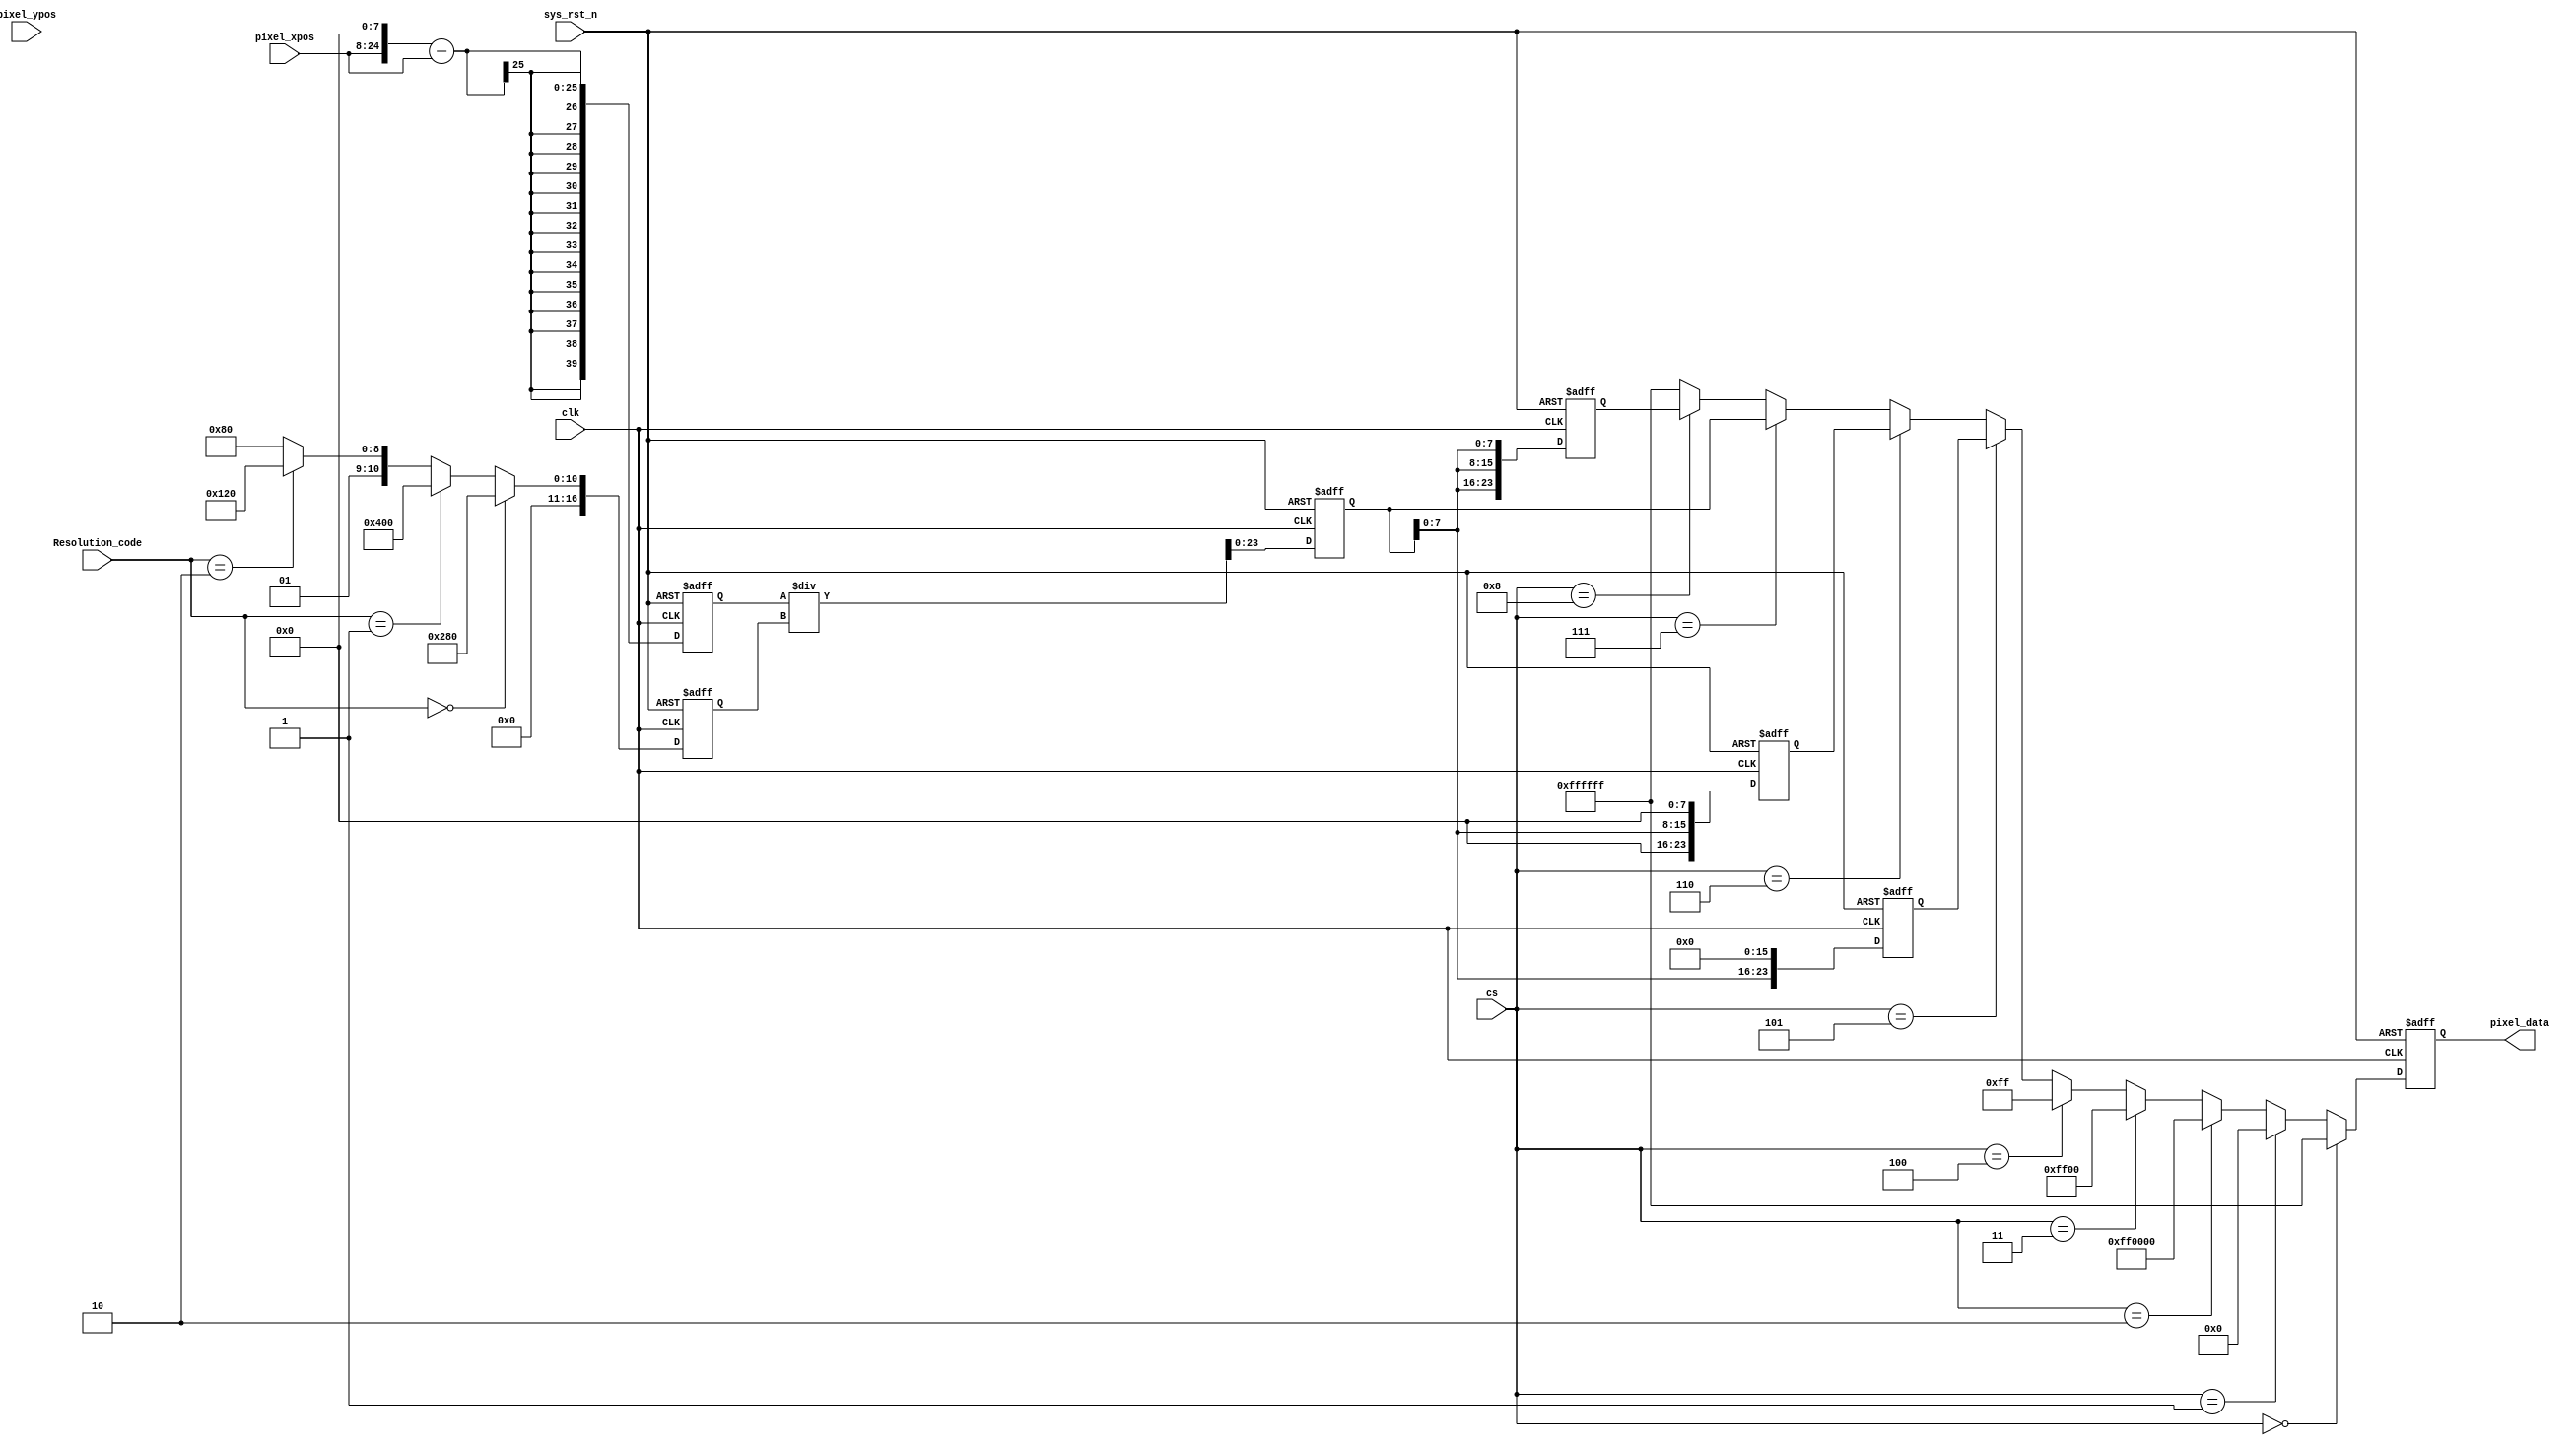
/*-----------------------------------------------------------------------
								 \\\|///
							   \\  - -  //
								(  @ @  )
+-----------------------------oOOo-(_)-oOOo-----------------------------+
Author				:		Zhang Jiahua
Email Address 		: 		pengfeiwang88@163.com
Filename			:		hdmi_colorbar.v
Date				:		2020-06-20
Description			:		                                                                                       
							          Oooo								
+-------------------------------oooO--(   )-----------------------------+
                               (   )   ) /
                                \ (   (_/
                                 \_)
-----------------------------------------------------------------------*/

module hdmi_singlecolor_cs(
	input             	clk,			//VGA
	input				sys_rst_n,		//
    
	input		[16:0]	pixel_xpos,		//
	input		[16:0]	pixel_ypos,		//
	input		[3:0] 	cs,				//
	input		[1:0]	Resolution_code, 
		
	output reg 	[23:0]	pixel_data		//
    );    
    
	reg		[39:0]	GRAY_TEMP_0;		//RGBR
	reg		[39:0]	GRAY_TEMP_1;
	reg		[39:0]	GRAY_TEMP_2;
	reg		[39:0]	GRAY_TEMP_3;	
	reg		[39:0]	GRAY_TEMP_4;
	reg		[39:0]	GRAY_OUT;			//RGB

	reg	[16:0]	H_DISP;
	reg	[16:0]	V_DISP;	
	
	localparam WHITE   = 24'b11111111_11111111_11111111;    //RGB888 
	localparam BLACK   = 24'b00000000_00000000_00000000;    //RGB888 
	localparam GRAY    = 24'b01111111_01111111_01111111;    //RGB888 
	localparam RED     = 24'b11111111_00000000_00000000;    //RGB888 
	localparam GREEN   = 24'b00000000_11111111_00000000;    //RGB888 
	localparam BLUE    = 24'b00000000_00000000_11111111;    //RGB888 
 
	always @(posedge clk or negedge sys_rst_n) begin        
		if (!sys_rst_n) begin
			H_DISP <= 'd640;
			V_DISP <= 'd480;
		end
		else begin
	 		if (Resolution_code == 'b00)begin
				H_DISP <= 'd640;
				V_DISP <= 'd480;			
			end
			else if (Resolution_code == 'b01)begin
				H_DISP <= 'd1024;
				V_DISP <= 'd768;					
			end
			else if (Resolution_code == 'b10)begin
				H_DISP <= 'd800;
				V_DISP <= 'd600;		
			end
			else begin
				H_DISP <= 'd640;
				V_DISP <= 'd480;			
			end			
		end
	end
	
	//
	always @(posedge clk or negedge sys_rst_n)
	begin
		if (!sys_rst_n) 
		begin
			pixel_data <= 24'd0;
		end
		else begin
			if(cs == 'h00) pixel_data <= WHITE;
			else if (cs == 'h01) pixel_data <= BLACK;
			else if (cs == 'h02) pixel_data <= RED;
			else if (cs == 'h03) pixel_data <= GREEN;
			else if (cs == 'h04) pixel_data <= BLUE;
			
			else if (cs == 'h05)
			begin
				pixel_data <= GRAY_TEMP_2;	
				// pixel_data <= {pixel_xpos[7:0],8'b0,8'b0};				
			end		
			
			else if (cs == 'h06)
			begin
				pixel_data <= GRAY_TEMP_3;	
				// pixel_data <= {8'b0,pixel_xpos[7:0],8'b0};					
			end	
			
			else if (cs == 'h07)
			begin
				pixel_data <= GRAY_TEMP_1;
				// pixel_data <= pixel_xpos[7:0];					
			end
			
			else if (cs == 'h08)
			begin
				pixel_data <= GRAY_TEMP_4;
			end			
			
			else	pixel_data <= WHITE;
		end
	end
	
	//255
	always @(posedge clk or negedge sys_rst_n)
	begin
		if (!sys_rst_n) GRAY_TEMP_0 <= 'b0;
		else begin
			GRAY_TEMP_0 <= (pixel_xpos << 8) - pixel_xpos;
		end
	end
	
	//
	always @(posedge clk or negedge sys_rst_n)
	begin
		if (!sys_rst_n)	GRAY_TEMP_1<= 'b0;
		else begin
			GRAY_TEMP_1 <= GRAY_TEMP_0 / H_DISP;
		end
	end
	
	//
	always @(posedge clk or negedge sys_rst_n)
	begin
		if (!sys_rst_n)	GRAY_TEMP_2<= 'b0;
		else begin
			GRAY_TEMP_2 <= {GRAY_TEMP_1[7:0],8'b0,8'b0};
		end
	end

	//	
	always @(posedge clk or negedge sys_rst_n)
	begin
		if (!sys_rst_n)	GRAY_TEMP_3<= 'b0;
		else begin
			GRAY_TEMP_3 <= {8'b0,GRAY_TEMP_1[7:0],8'b0};
		end
	end

	//	
	always @(posedge clk or negedge sys_rst_n)
	begin
		if (!sys_rst_n)	GRAY_TEMP_4 <= 'b0;
		else begin
			GRAY_TEMP_4 <= {GRAY_TEMP_1[7:0],GRAY_TEMP_1[7:0],GRAY_TEMP_1[7:0]};
		end
	end

endmodule